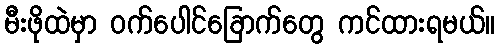
မီးဖိုထဲမှာ ဝက်ပေါင်ခြောက်တွေ ကင်ထားရမယ်။